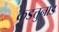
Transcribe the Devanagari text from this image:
कडत्तुनाड